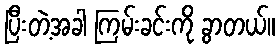
ပြီးတဲ့အခါ ကြမ်းခင်းကို ခွာတယ်။